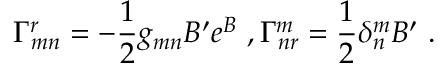
\Gamma _ { m n } ^ { r } = - \frac { 1 } { 2 } g _ { m n } B ^ { \prime } e ^ { B } ~ , \Gamma _ { n r } ^ { m } = \frac { 1 } { 2 } \delta _ { n } ^ { m } B ^ { \prime } ~ .